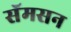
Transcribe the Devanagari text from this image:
सॅमसन